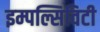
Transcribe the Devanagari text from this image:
इम्पल्सिविटी